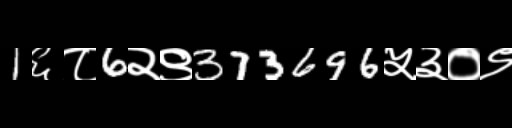
Text: 1६८6२९373696५३०९